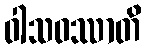
ဝါသဝဿာတိ